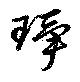
琤